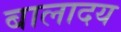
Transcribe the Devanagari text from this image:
बालादय